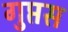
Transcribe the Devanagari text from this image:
गुप्तस